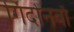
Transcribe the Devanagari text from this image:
गिर्दोनवाॅ